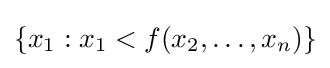
\{x_{1}:x_{1}<f(x_{2},\dots ,x_{n})\}